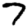
Digit: 7